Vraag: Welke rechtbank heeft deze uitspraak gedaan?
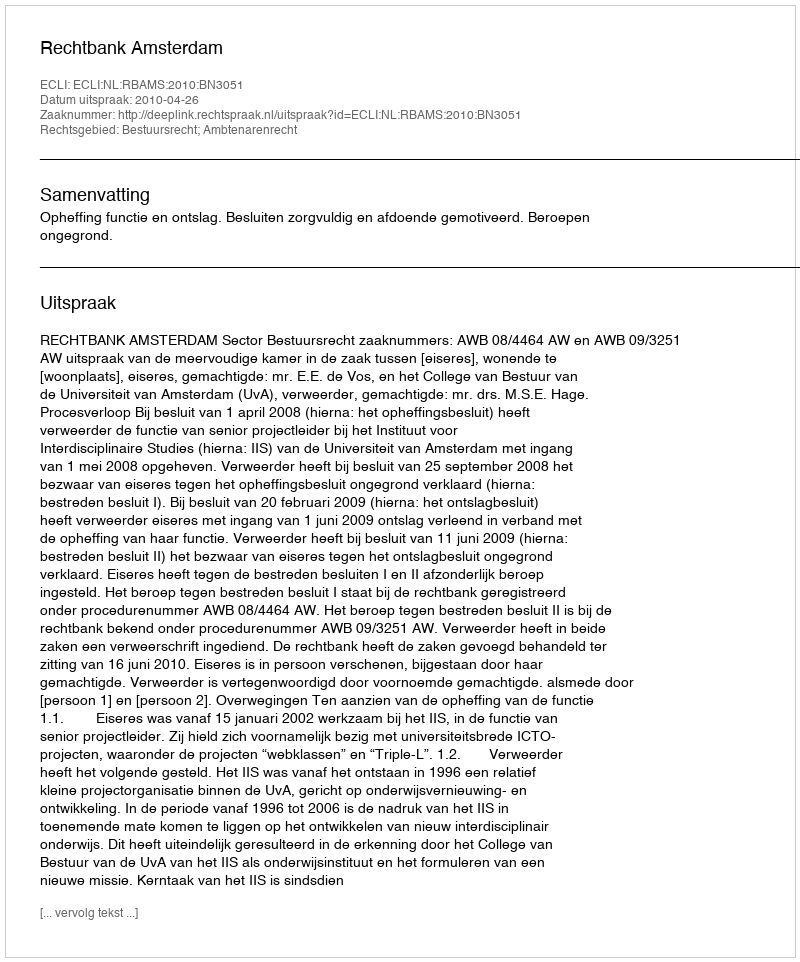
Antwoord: Rechtbank Amsterdam